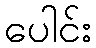
ပေါင်း